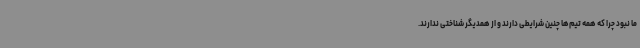
ما نبود چرا که همه تیم‌ها چنین شرایطی دارند و از همدیگر شناختی ندارند.